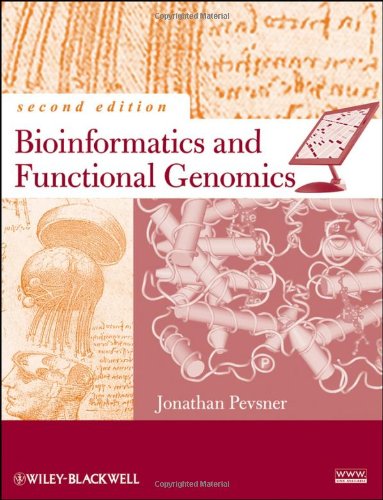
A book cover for Bioinformatics and Functional Genomics; Jonathan Pevsner; Computers & Technology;